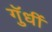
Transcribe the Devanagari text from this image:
गुॅधीं